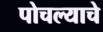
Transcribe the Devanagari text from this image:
पोचल्याचे